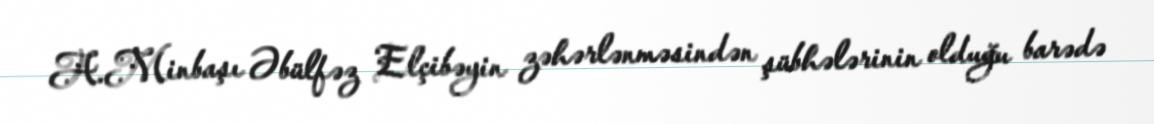
A.Minbaşı Əbülfəz Elçibəyin zəhərlənməsindən şübhələrinin olduğu barədə